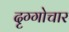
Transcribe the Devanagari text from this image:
दृग्गोचार